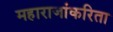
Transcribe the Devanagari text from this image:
महाराजांकरिता